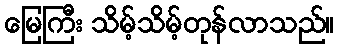
မြေကြီး သိမ့်သိမ့်တုန်လာသည်။